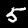
Digit: 5